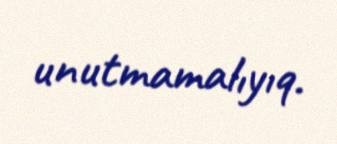
unutmamalıyıq.